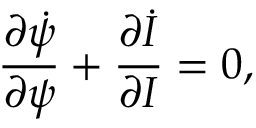
\frac { \partial \dot { \psi } } { \partial \psi } + \frac { \partial \dot { I } } { \partial I } = 0 ,